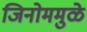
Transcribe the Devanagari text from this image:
जिनोममुळे